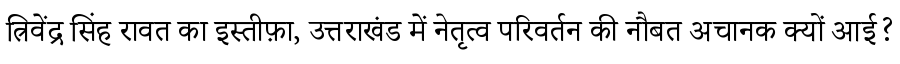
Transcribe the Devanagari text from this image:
त्रिवेंद्र सिंह रावत का इस्तीफ़ा, उत्तराखंड में नेतृत्व परिवर्तन की नौबत अचानक क्यों आई?